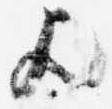
歟